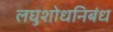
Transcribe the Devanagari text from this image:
लघुशोधनिबंध